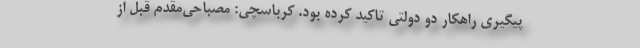
پیگیری راهکار دو دولتی تاکید کرده بود. کرباسچی: مصباحی‌مقدم قبل از